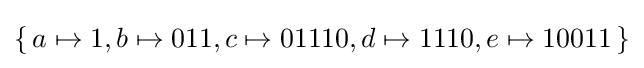
\{\,a\mapsto 1,b\mapsto 011,c\mapsto 01110,d\mapsto 1110,e\mapsto 10011\,\}